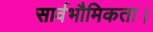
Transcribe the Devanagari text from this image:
सार्वभौमिकता।